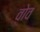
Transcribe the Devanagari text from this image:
व़ोव